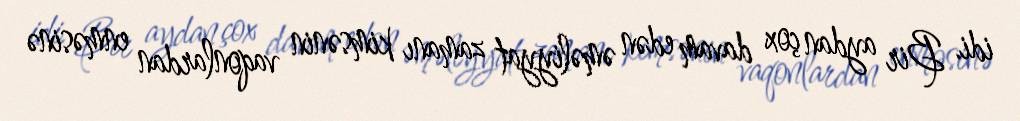
idi. Bir aydan çox davam edən əməliyyat zamanı kimsənin vaqonlardan enməsinə